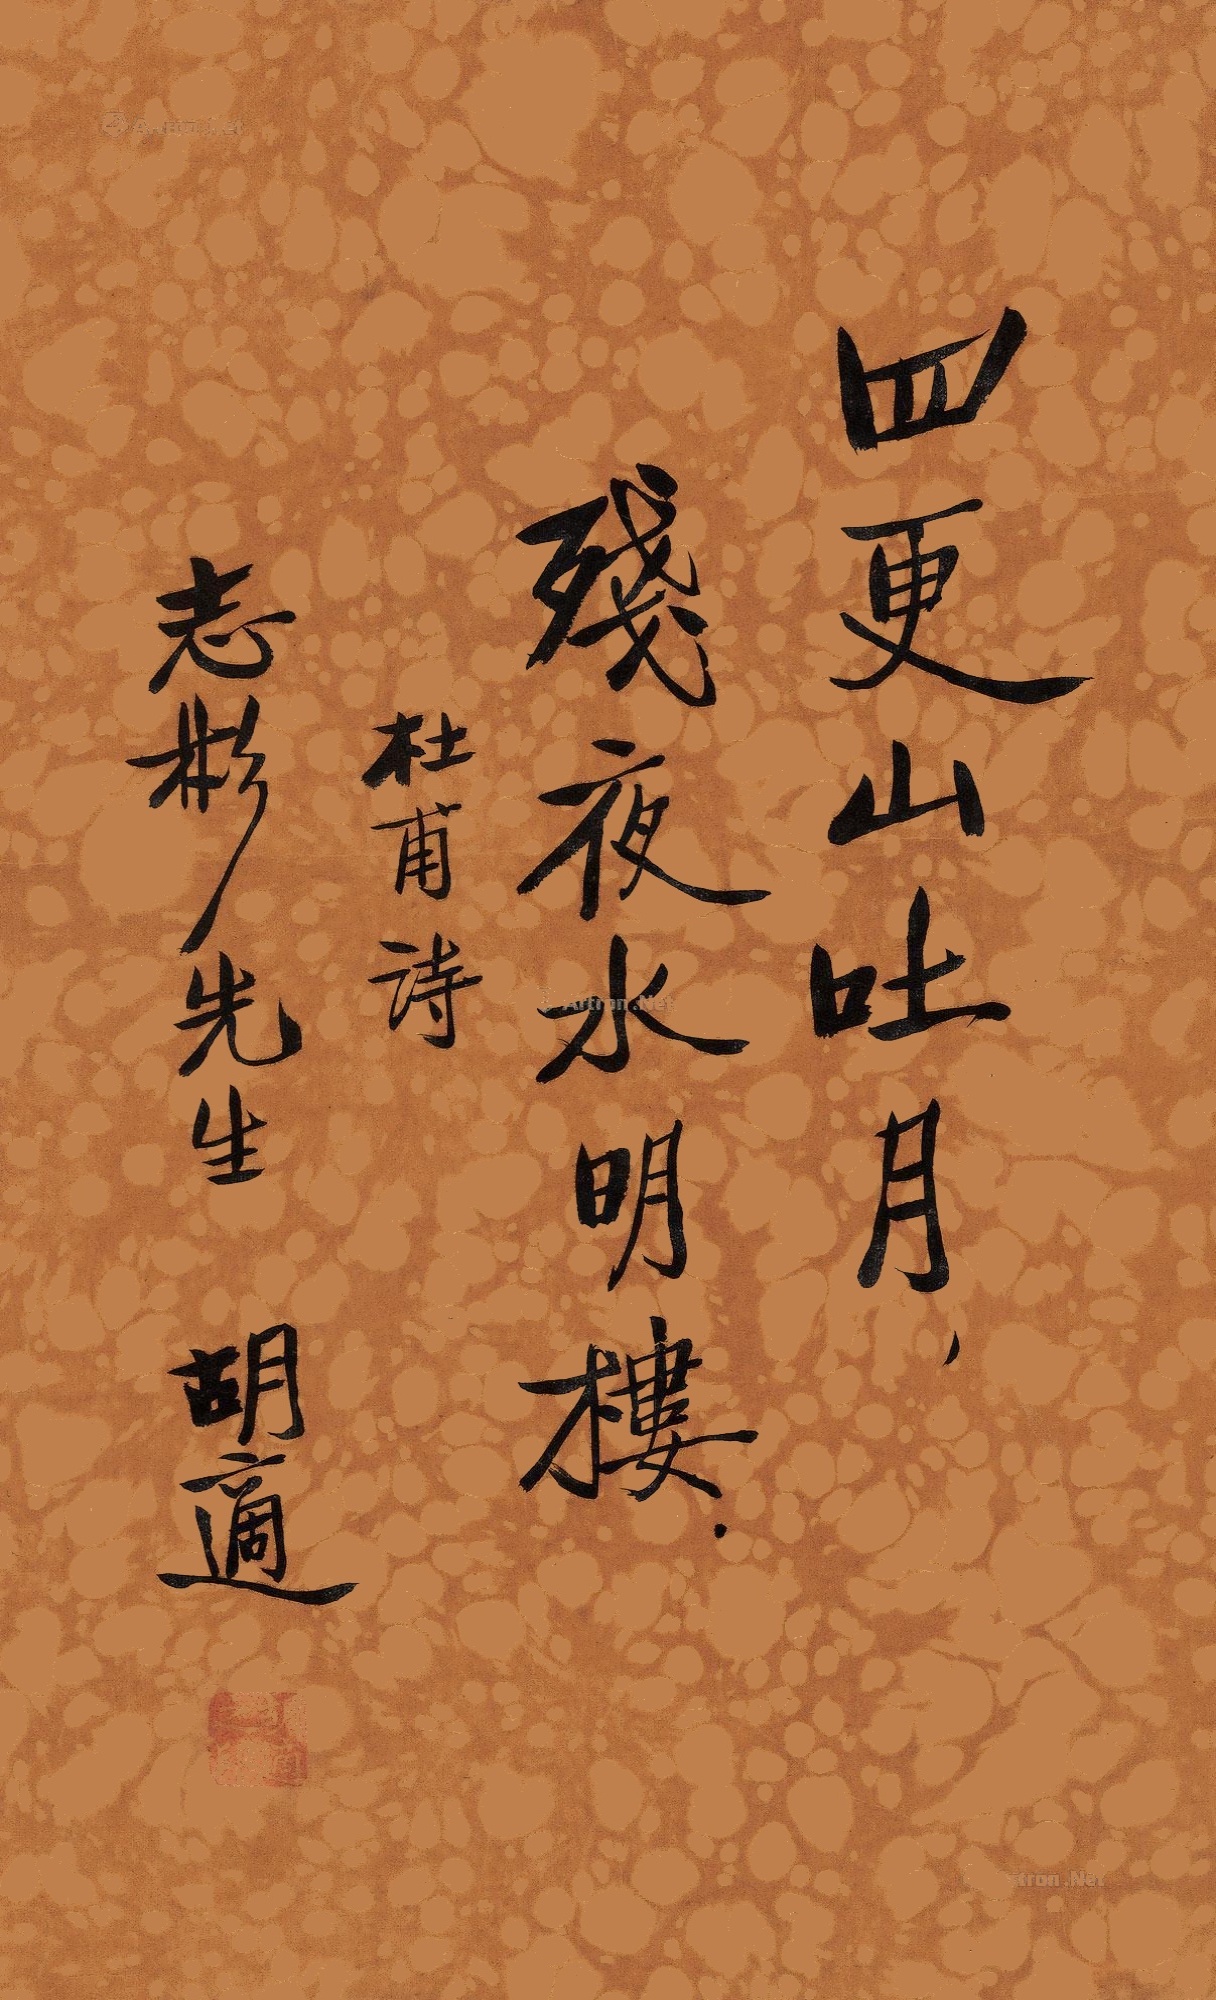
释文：四更山吐月，残夜水明楼。杜甫诗。志彬先生，胡适。